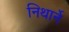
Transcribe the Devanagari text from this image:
निथार्ने